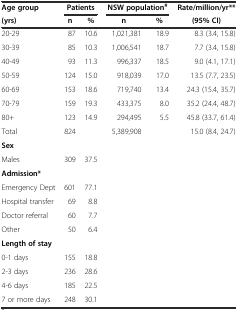
| Age group | <COLSPAN=2> Patients | <COLSPAN=2> NSW population# | Rate/million/yr** |
 | (yrs) | n | % | n | % | (95% CI) |
 | --- | --- | --- | --- | --- | --- |
 | 20-29 | 87 | 10.6 | 1,021,381 | 18.9 | 8.3 (3.4, 15.8) |
 | 30-39 | 85 | 10.3 | 1,006,541 | 18.7 | 7.7 (3.4, 15.8) |
 | 40-49 | 93 | 11.3 | 996,337 | 18.5 | 9.0 (4.1, 17.1) |
 | 50-59 | 124 | 15.0 | 918,039 | 17.0 | 13.5 (7.7, 23.5) |
 | 60-69 | 153 | 18.6 | 719,740 | 13.4 | 24.3 (15.4, 35.7) |
 | 70-79 | 159 | 19.3 | 433,375 | 8.0 | 35.2 (24.4, 48.7) |
 | 80+ | 123 | 14.9 | 294,495 | 5.5 | 45.8 (33.7, 61.4) |
 | Total | 824 |  | 5,389,908 |  | 15.0 (8.4, 24.7) |
 | Sex |  |  |  |  |  |
 | Males | 309 | 37.5 |  |  |  |
 | Admission* |  |  |  |  |  |
 | Emergency Dept | 601 | 77.1 |  |  |  |
 | Hospital transfer | 69 | 8.8 |  |  |  |
 | Doctor referral | 60 | 7.7 |  |  |  |
 | Other | 50 | 6.4 |  |  |  |
 | Length of stay |  |  |  |  |  |
 | 0-1 days | 155 | 18.8 |  |  |  |
 | 2-3 days | 236 | 28.6 |  |  |  |
 | 4-6 days | 185 | 22.5 |  |  |  |
 | 7 or more days | 248 | 30.1 |  |  |  |